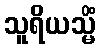
သူရိယသ္မိံ